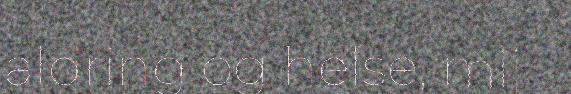
aldring og helse, mij